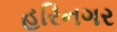
હરિનગર